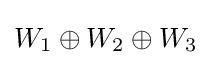
W_{1}\oplus W_{2}\oplus W_{3}